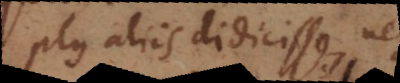
plus aliis didicisse, neque